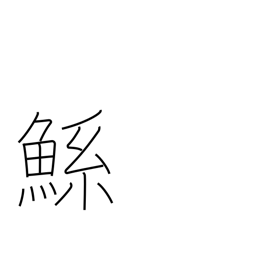
Meaning: large mythical fish